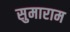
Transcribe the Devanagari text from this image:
सुमाराम